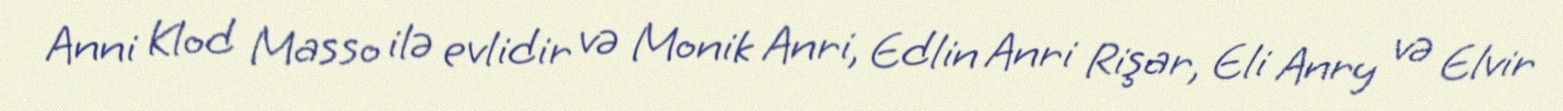
Anni Klod Masso ilə evlidir və Monik Anri, Edlin Anri Rişar, Eli Anry və Elvir